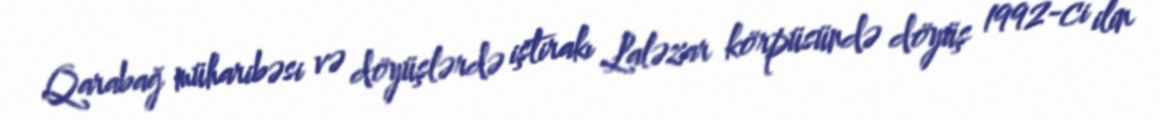
Qarabağ müharibəsi və döyüşlərdə iştirakı Laləzar körpüsündə döyüş 1992-ci ilin